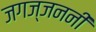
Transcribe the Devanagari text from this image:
जगज्जननी